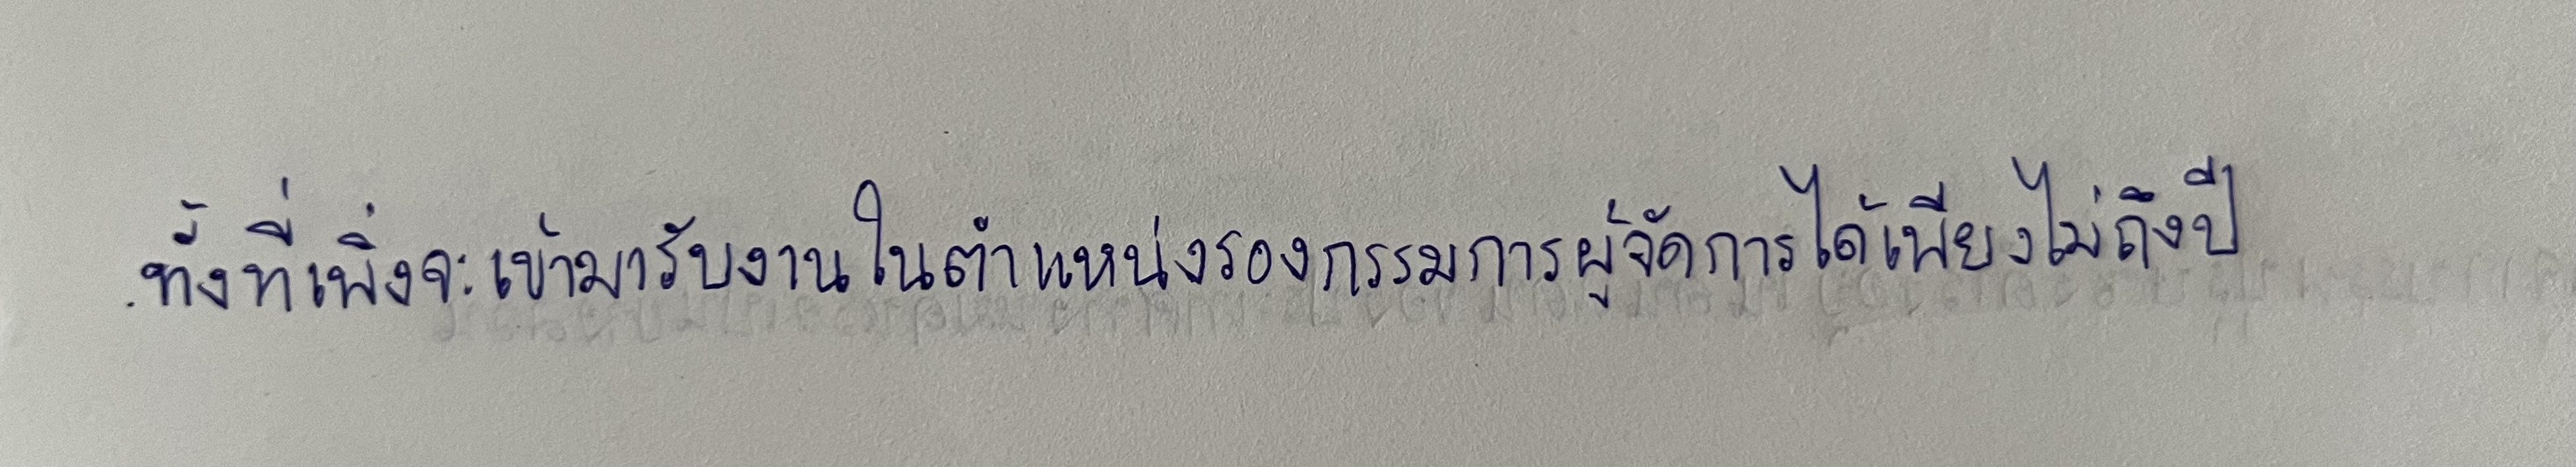
ทั้งที่เพิ่งจะเข้ามารับงานในตำแหน่งรองกรรมการผู้จัดการได้เพียงไม่ถึงปี